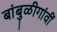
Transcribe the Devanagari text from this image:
बांबुळीगांवीं